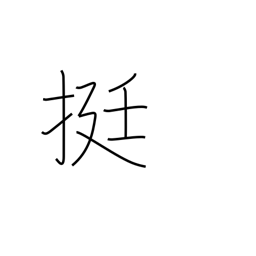
Meaning: counter for guns, inksticks, palanquins, rickshaws